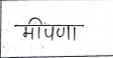
मजकूर: मीपणा